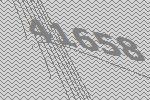
41658